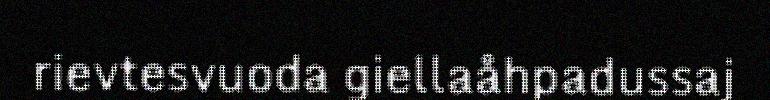
rievtesvuoda giellaåhpadussaj